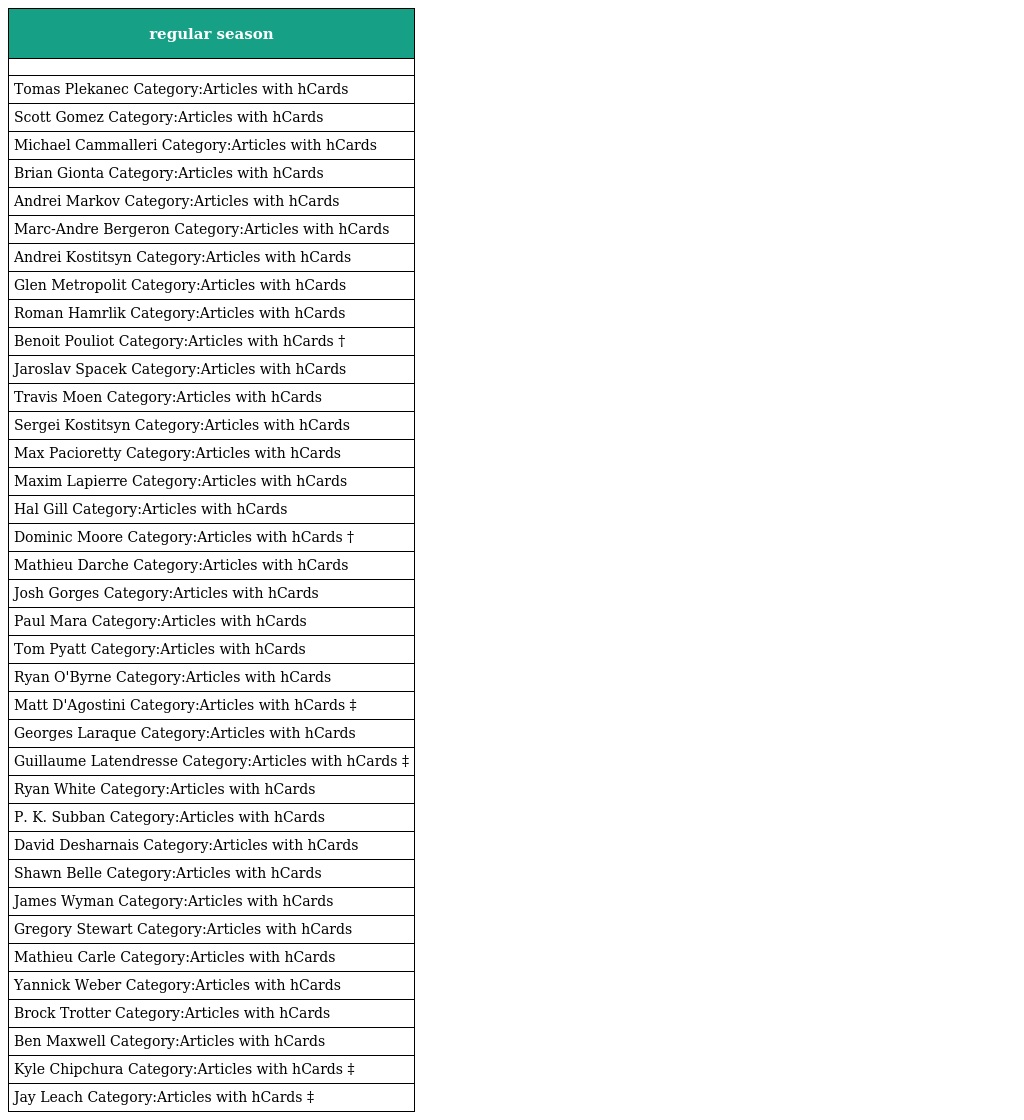
| regular season |
 | --- |
 |  |
 | Tomas Plekanec Category:Articles with hCards |
 | Scott Gomez Category:Articles with hCards |
 | Michael Cammalleri Category:Articles with hCards |
 | Brian Gionta Category:Articles with hCards |
 | Andrei Markov Category:Articles with hCards |
 | Marc-Andre Bergeron Category:Articles with hCards |
 | Andrei Kostitsyn Category:Articles with hCards |
 | Glen Metropolit Category:Articles with hCards |
 | Roman Hamrlik Category:Articles with hCards |
 | Benoit Pouliot Category:Articles with hCards † |
 | Jaroslav Spacek Category:Articles with hCards |
 | Travis Moen Category:Articles with hCards |
 | Sergei Kostitsyn Category:Articles with hCards |
 | Max Pacioretty Category:Articles with hCards |
 | Maxim Lapierre Category:Articles with hCards |
 | Hal Gill Category:Articles with hCards |
 | Dominic Moore Category:Articles with hCards † |
 | Mathieu Darche Category:Articles with hCards |
 | Josh Gorges Category:Articles with hCards |
 | Paul Mara Category:Articles with hCards |
 | Tom Pyatt Category:Articles with hCards |
 | Ryan O'Byrne Category:Articles with hCards |
 | Matt D'Agostini Category:Articles with hCards ‡ |
 | Georges Laraque Category:Articles with hCards |
 | Guillaume Latendresse Category:Articles with hCards ‡ |
 | Ryan White Category:Articles with hCards |
 | P. K. Subban Category:Articles with hCards |
 | David Desharnais Category:Articles with hCards |
 | Shawn Belle Category:Articles with hCards |
 | James Wyman Category:Articles with hCards |
 | Gregory Stewart Category:Articles with hCards |
 | Mathieu Carle Category:Articles with hCards |
 | Yannick Weber Category:Articles with hCards |
 | Brock Trotter Category:Articles with hCards |
 | Ben Maxwell Category:Articles with hCards |
 | Kyle Chipchura Category:Articles with hCards ‡ |
 | Jay Leach Category:Articles with hCards ‡ |